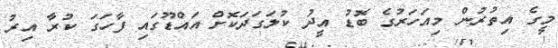
މީގެ އިތުރުން މިއަހަރުގެ ބޮޑު އީދު ކުލަގަދަކޮށް އައްޑޫގައި ފާހަގަ ކުރާ އިރު